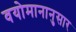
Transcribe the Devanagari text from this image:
वयोमानानुसार